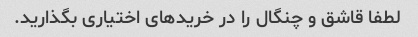
لطفا قاشق و چنگال را در خرید‌های اختیاری بگذارید.